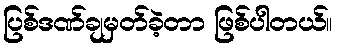
ပြစ်ဒဏ်ချမှတ်ခဲ့တာ ဖြစ်ပါတယ်။